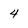
Character: 4